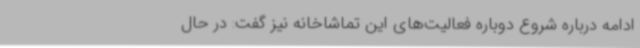
ادامه درباره شروع دوباره فعالیت‌های این تماشاخانه نیز گفت: در حال